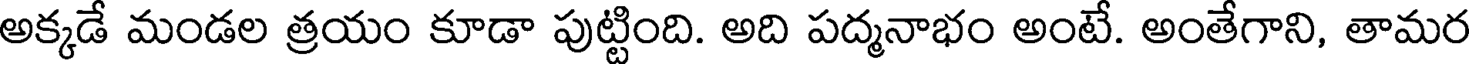
అక్కడే మండల త్రయం కూడా పుట్టింది. అది పద్మనాభం అంటే. అంతేగాని, తామర